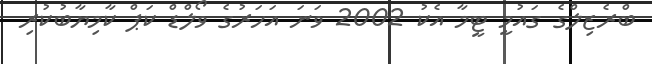
ބްރެޒިލްގެ ގައުމީ ޓީމާ އެކު 2002 ވަނަ އަހަރުގެ ވޯލްޑް ކަޕް ކާމިޔާބުކުރި